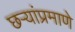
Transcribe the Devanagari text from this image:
छर्‍यांप्रमाणे